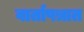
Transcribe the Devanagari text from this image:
वार्तापत्रात